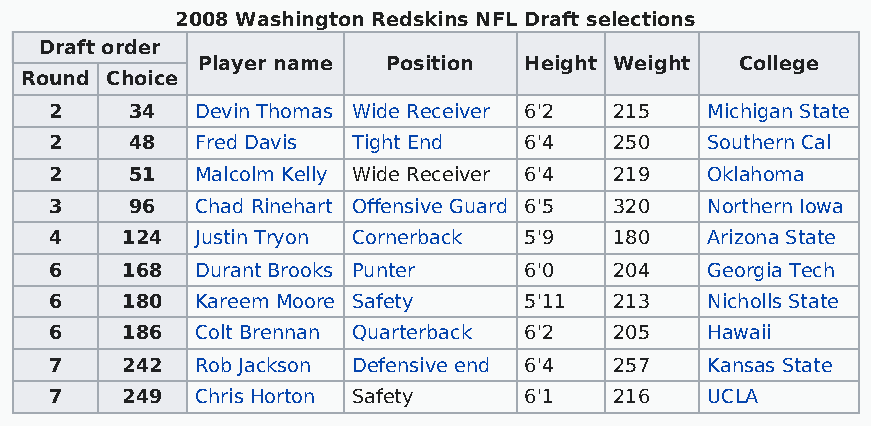
2008 Washington Redskins NFL Draft selections
 Draft order
 Player name  Position Height Weight College
 Round Choice
 2     34  Devin Thomas Wide Receiver 6'2 215 Michigan State
 2     48  Fred Davis Tight End  6'4   250   Southern Cal
 2     51  Malcolm Kelly Wide Receiver 6'4 219 Oklahoma
 3     96  Chad Rinehart Offensive Guard 6'5 320 Northern Iowa
 4    124  Justin Tryon Cornerback 5'9 180   Arizona State
 6    168  Durant Brooks Punter  6'0   204   Georgia Tech
 6    180  Kareem Moore Safety   5'11  213   Nicholls State
 6    186  Colt Brennan Quarterback 6'2 205  Hawaii
 7    242  Rob Jackson Defensive end 6'4 257 Kansas State
 7    249  Chris Horton Safety   6'1   216   UCLA